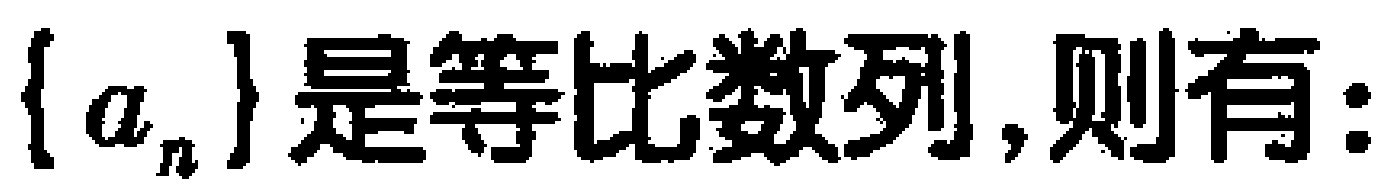
$\{a_{n}\}是等比数列,则有:$